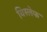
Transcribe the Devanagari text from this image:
विस्लेफ